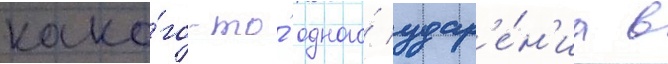
како́го-то́ одного́ удар'е́н'иа в